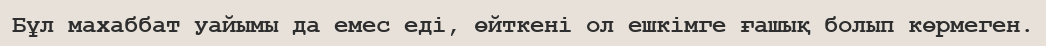
Бұл махаббат уайымы да емес еді, өйткені ол ешкімге ғашық болып көрмеген.